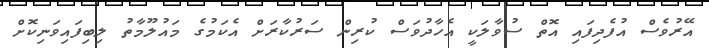
އޭރުވެސް އުފެދިފައި އޮތް ސުވާލަކީ އެހާދުވަސް ކުރިން ސަރުކާރަށް އެކަމުގެ މައުލޫމާތު ލިބިފައިވަނިކޮށް